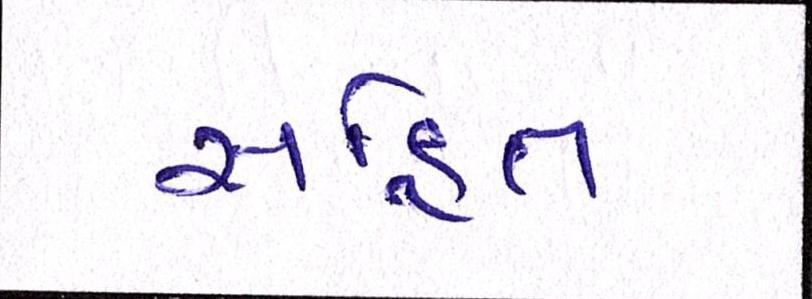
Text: સહિત